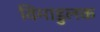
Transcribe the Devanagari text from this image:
विमाडुलक